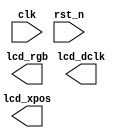
/*-----------------------------------------------------------------------

Date				:		2017-09-03
Description			:		Design for  .

-----------------------------------------------------------------------*/

module init_iic
(
	//global clock
	input					clk,			//system clock
	input					rst_n,     		//sync reset
	
	//XXX interface
	output					lcd_dclk,   	//
	output	reg		[23:0]	lcd_rgb,		//

	//user interface

	output	reg		[11:0]	lcd_xpos		//
	
); 


//--------------------------------
//Funtion :               

always @(posedge clk or negedge rst_n)
begin

end

endmodule